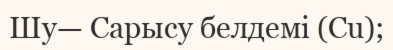
Шу— Сарысу белдемі (Сu);